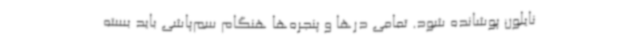
نایلون پوشانده شود. تمامی درها و پنجره‌ها هنگام سم‌پاشی باید بسته